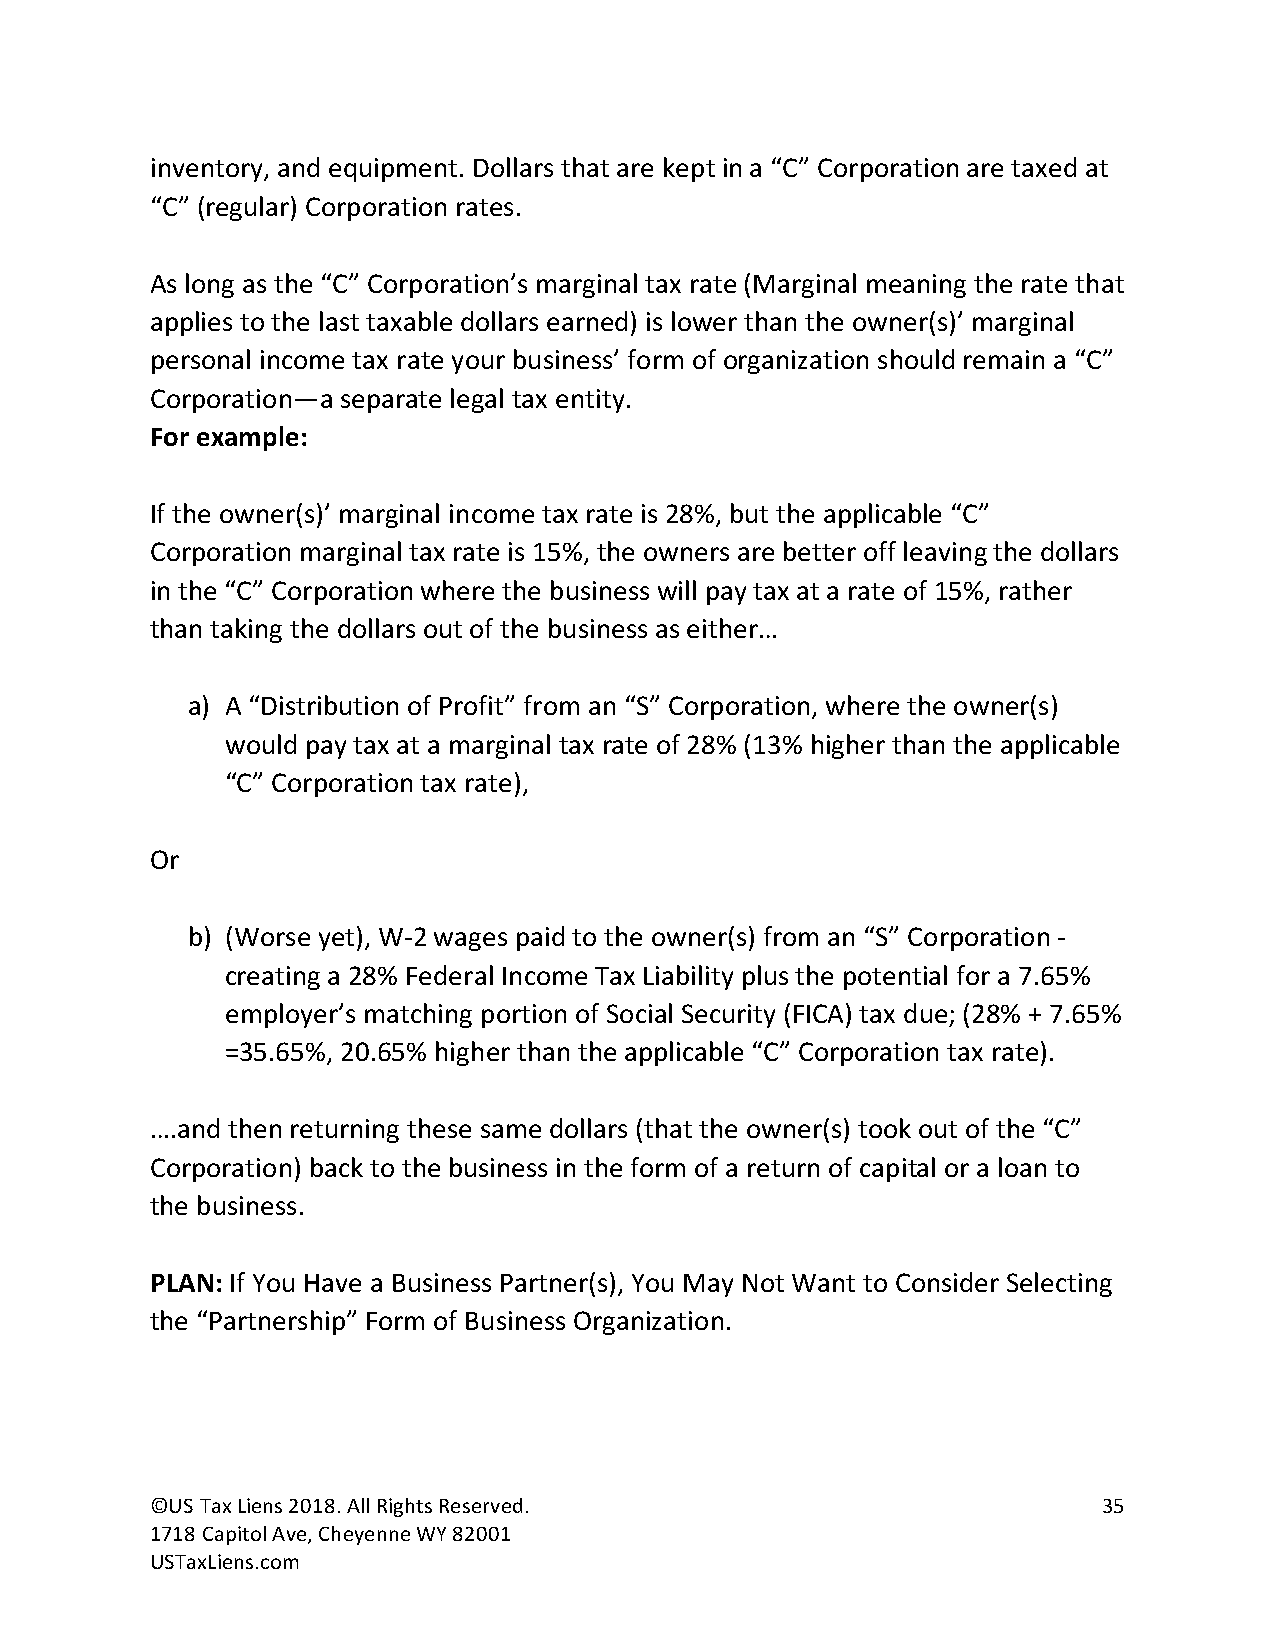
inventory, and equipment. Dollars that are kept in a “C” Corporation are taxed at
 “C” (regular) Corporation rates.
 As long as the “C” Corporation’s marginal tax rate (Marginal meaning the rate that
 applies to the last taxable dollars earned) is lower than the owner(s)’ marginal
 personal income tax rate your business’ form of organization should remain a “C”
 Corporation—a separate legal tax entity.
 For example:
 If the owner(s)’ marginal income tax rate is 28%, but the applicable “C”
 Corporation marginal tax rate is 15%, the owners are better off leaving the dollars
 in the “C” Corporation where the business will pay tax at a rate of 15%, rather
 than taking the dollars out of the business as either…
 a) A “Distribution of Profit” from an “S” Corporation, where the owner(s)
 would pay tax at a marginal tax rate of 28% (13% higher than the applicable
 “C” Corporation tax rate),
 Or
 b) (Worse yet), W-2 wages paid to the owner(s) from an “S” Corporation -
 creating a 28% Federal Income Tax Liability plus the potential for a 7.65%
 employer’s matching portion of Social Security (FICA) tax due; (28% + 7.65%
 =35.65%, 20.65% higher than the applicable “C” Corporation tax rate).
 ….and then returning these same dollars (that the owner(s) took out of the “C”
 Corporation) back to the business in the form of a return of capital or a loan to
 the business.
 PLAN: If You Have a Business Partner(s), You May Not Want to Consider Selecting
 the “Partnership” Form of Business Organization.
 ©US Tax Liens 2018. All Rights Reserved.                       35
 1718 Capitol Ave, Cheyenne WY 82001
 USTaxLiens.com